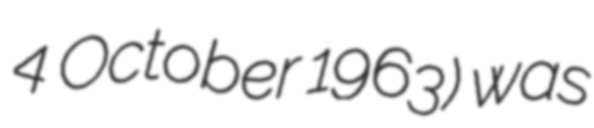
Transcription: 4 October 1963) was